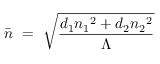
\Bar { n } ~ = ~ \sqrt { \frac { d _ { 1 } { n _ { 1 } } ^ { 2 } + d _ { 2 } { n _ { 2 } } ^ { 2 } } { \Lambda } }